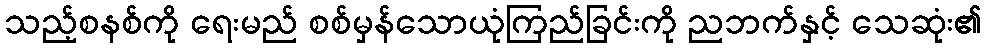
သည့်စနစ်ကို ရေးမည် စစ်မှန်သောယုံကြည်ခြင်းကို ညဘက်နှင့် သေဆုံး၏